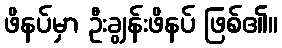
ဖိနပ်မှာ ဦးချွန်းဖိနပ် ဖြစ်၏။